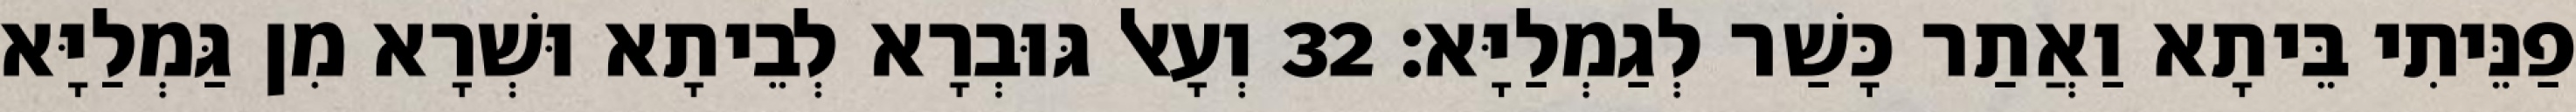
פַנֵּיתִי בֵּיתָא וַאֲתַר כָּשַׁר לְגַמְלַיָּא׃ 32 וְעָאל גּוּבְרָא לְבֵיתָא וּשְׁרָא מִן גַּמְלַיָּא